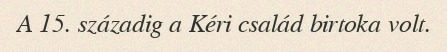
A 15. századig a Kéri család birtoka volt.